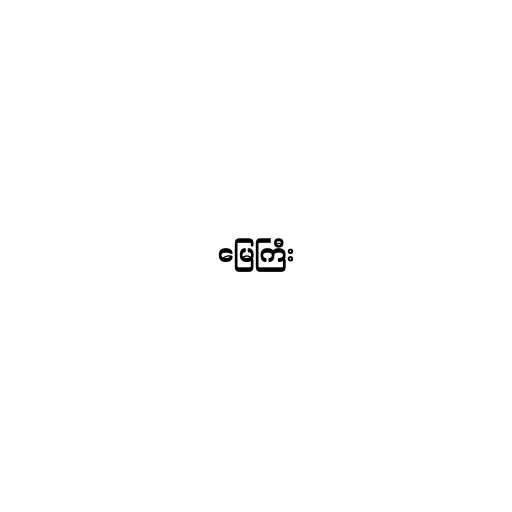
မြေကြီး